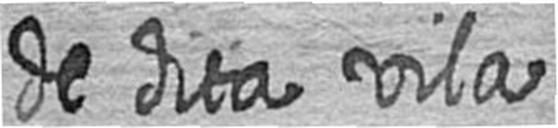
de dita vila